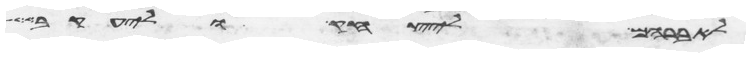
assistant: לאברהם ליצחק וליעקב